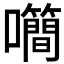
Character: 𡅉